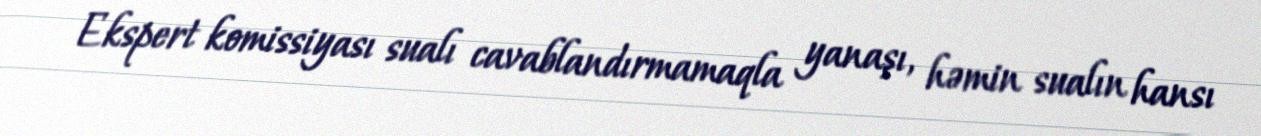
Ekspert komissiyası sualı cavablandırmamaqla yanaşı, həmin sualın hansı